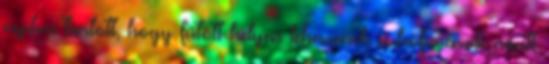
nyitva tartott, hogy fűtött helyen lehessenek a hófúvások miatt